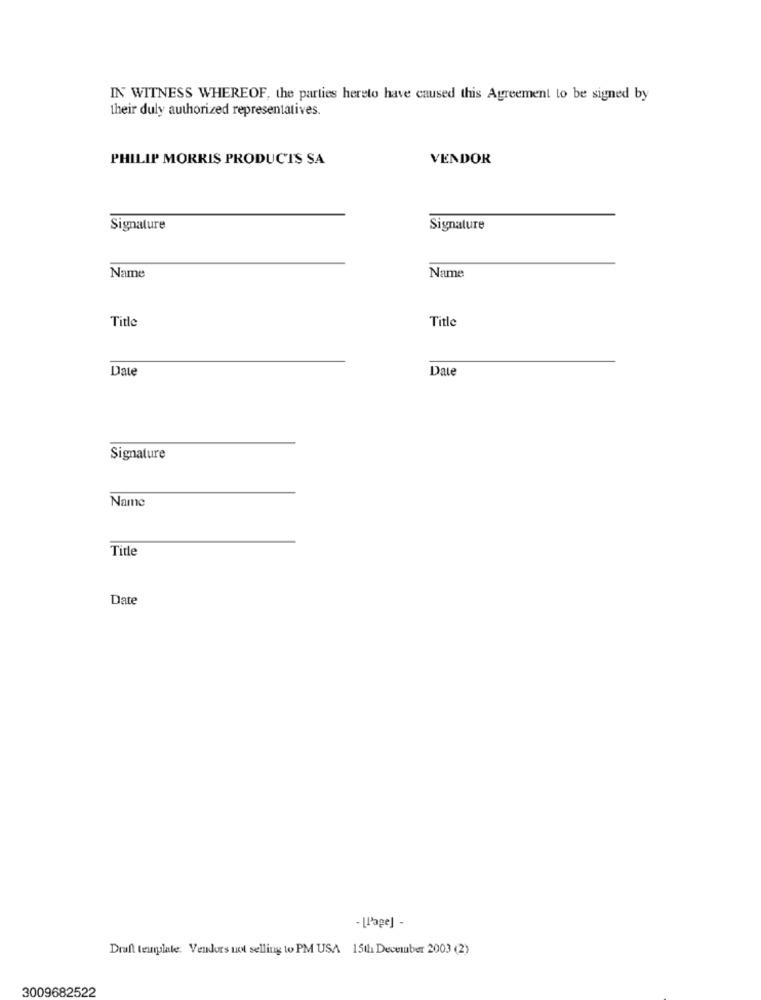
IN WITNESS WHEREOF, the parties hereto have caused this Agreement to be signed by
their duly authorized representatives.
PHILIP MORRIS PRODUCTS SA
VENDOR
Signature
Signature
Name
Name
Title
Title
Date
Date
Signature
Name
Title
Date
- [Page] -
Draft template. Vendors not selling to PM USA 15th December 2003 (2)
3009682522